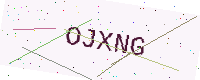
Text: OJXNG